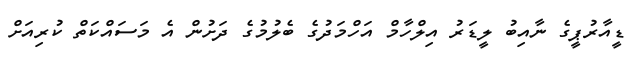
ޑީއާރުޕީގެ ނާއިބު ލީޑަރު އިލްހާމް އަހްމަދުގެ ބެލުމުގެ ދަށުން އެ މަސައްކަތް ކުރިއަށް